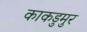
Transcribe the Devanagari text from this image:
काकडुमुर